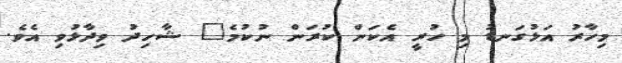
މިހާރު އަޅުގަނޑު މި ހުރީ އެކަން ކުރަން ނުކުމެ" ޝާހިދު ވިދާޅުވި އެވެ.